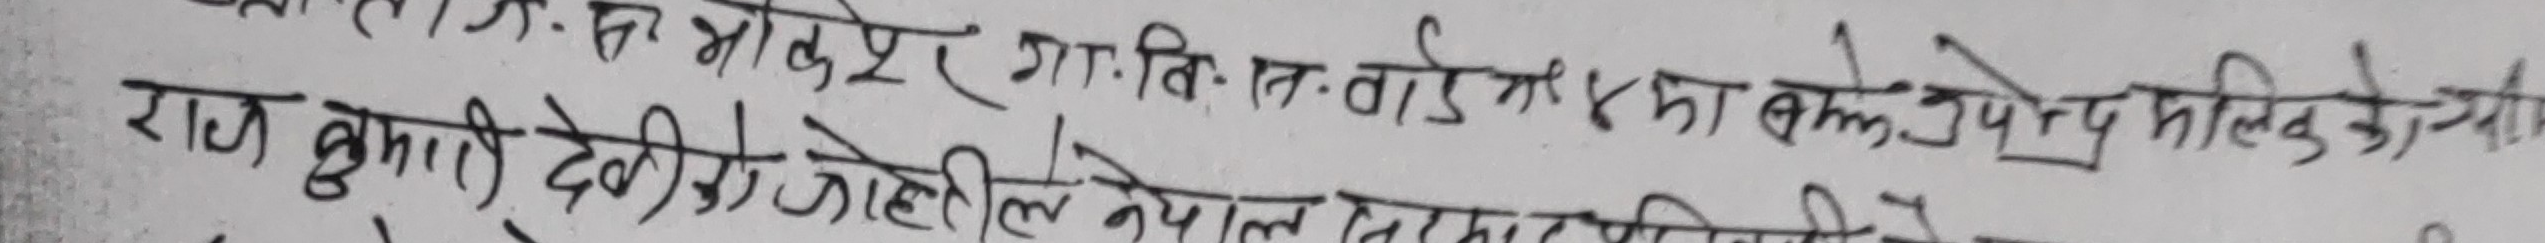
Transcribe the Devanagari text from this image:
राज कुमारी देवीको कोहोलेले नेपाल निमार्ण लि.को स्वी.